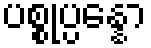
ပစ္စုပ္ပန္နော